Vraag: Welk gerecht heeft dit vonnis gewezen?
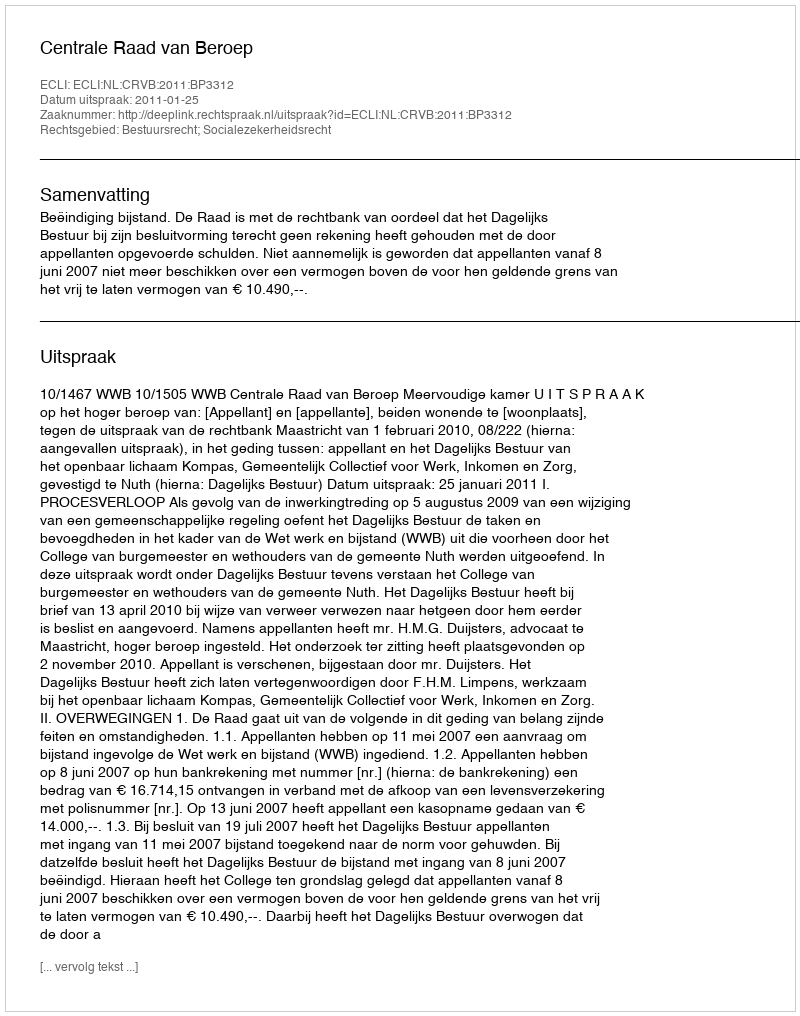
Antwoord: Centrale Raad van Beroep